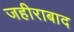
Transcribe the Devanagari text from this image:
जहीराबाद